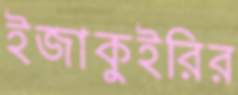
ইজাকুইরির